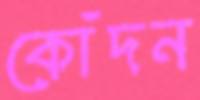
কোঁদন